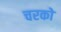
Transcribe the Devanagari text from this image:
चरको